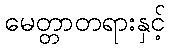
မေတ္တာတရားနှင့်